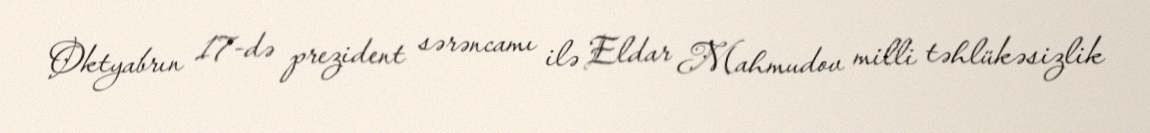
Oktyabrın 17-də prezident sərəncamı ilə Eldar Mahmudov milli təhlükəsizlik